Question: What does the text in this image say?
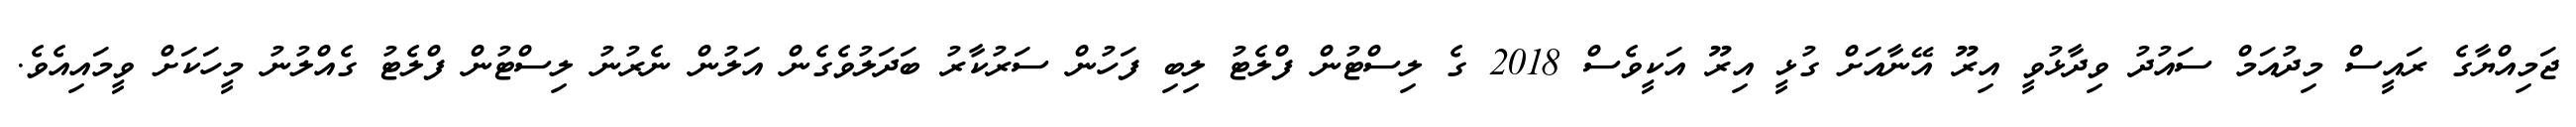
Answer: ޖަމިއްޔާގެ ރައީސް މިދުއަމް ސައުދު ވިދާޅުވީ އިރޫ އޭނާއަށް ގުޅީ އިރޫ އަކީވެސް 2018 ގެ ލިސްޓުން ފްލެޓު ލިބި ފަހުން ސަރުކާރު ބަދަލުވެގެން އަލުން ނެރުނު ލިސްޓުން ފްލެޓު ގެއްލުނު މީހަކަށް ވީމައިއެވެ.